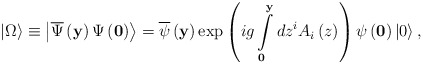
\begin{align*}\left| \Omega \right\rangle \equiv \left|\overline \Psi \left({\bf y} \right)\Psi \left( {\bf 0} \right) \right\rangle =\overline \psi \left( {\bf y} \right)\exp \left({ig\int\limits_{\bf 0}^{\bf y} {dz^i A_i \left( z \right)} }\right)\psi \left( {\bf 0} \right)\left| 0 \right\rangle ,\end{align*}